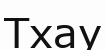
Тхау